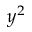
y ^ { 2 }